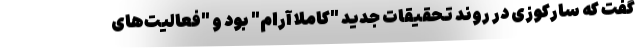
گفت که سارکوزی در روند تحقیقات جدید "کاملا آرام" بود و "فعالیت‌های